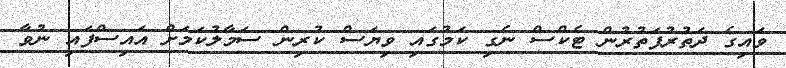
ވައިގެ ދަތުރުފަތުރުން ޓެކްސް ނެގި ކަމުގައި ވިޔަސް ކުރިން ސަމާލުކަމަށް އައިސްފައި ނުވާ